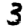
Digit: 3